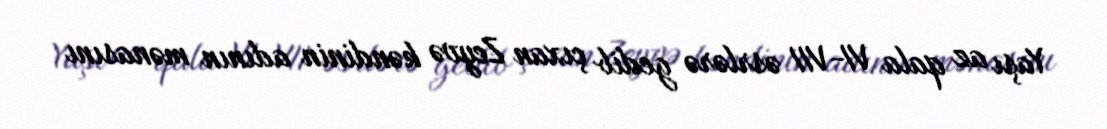
Yaşı az qala VI-VII əsrlərə gedib çıxan Zeyvə kəndinin adının mənasını